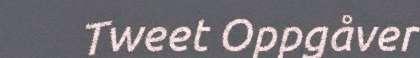
Tweet Oppgåver